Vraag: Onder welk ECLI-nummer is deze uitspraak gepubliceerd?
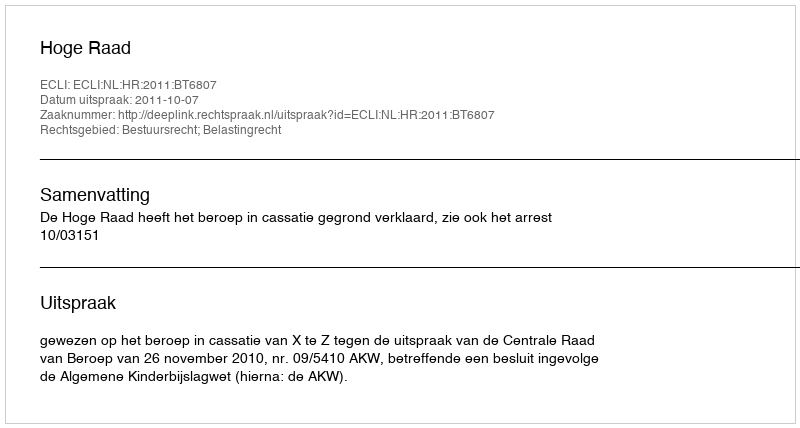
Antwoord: ECLI:NL:HR:2011:BT6807